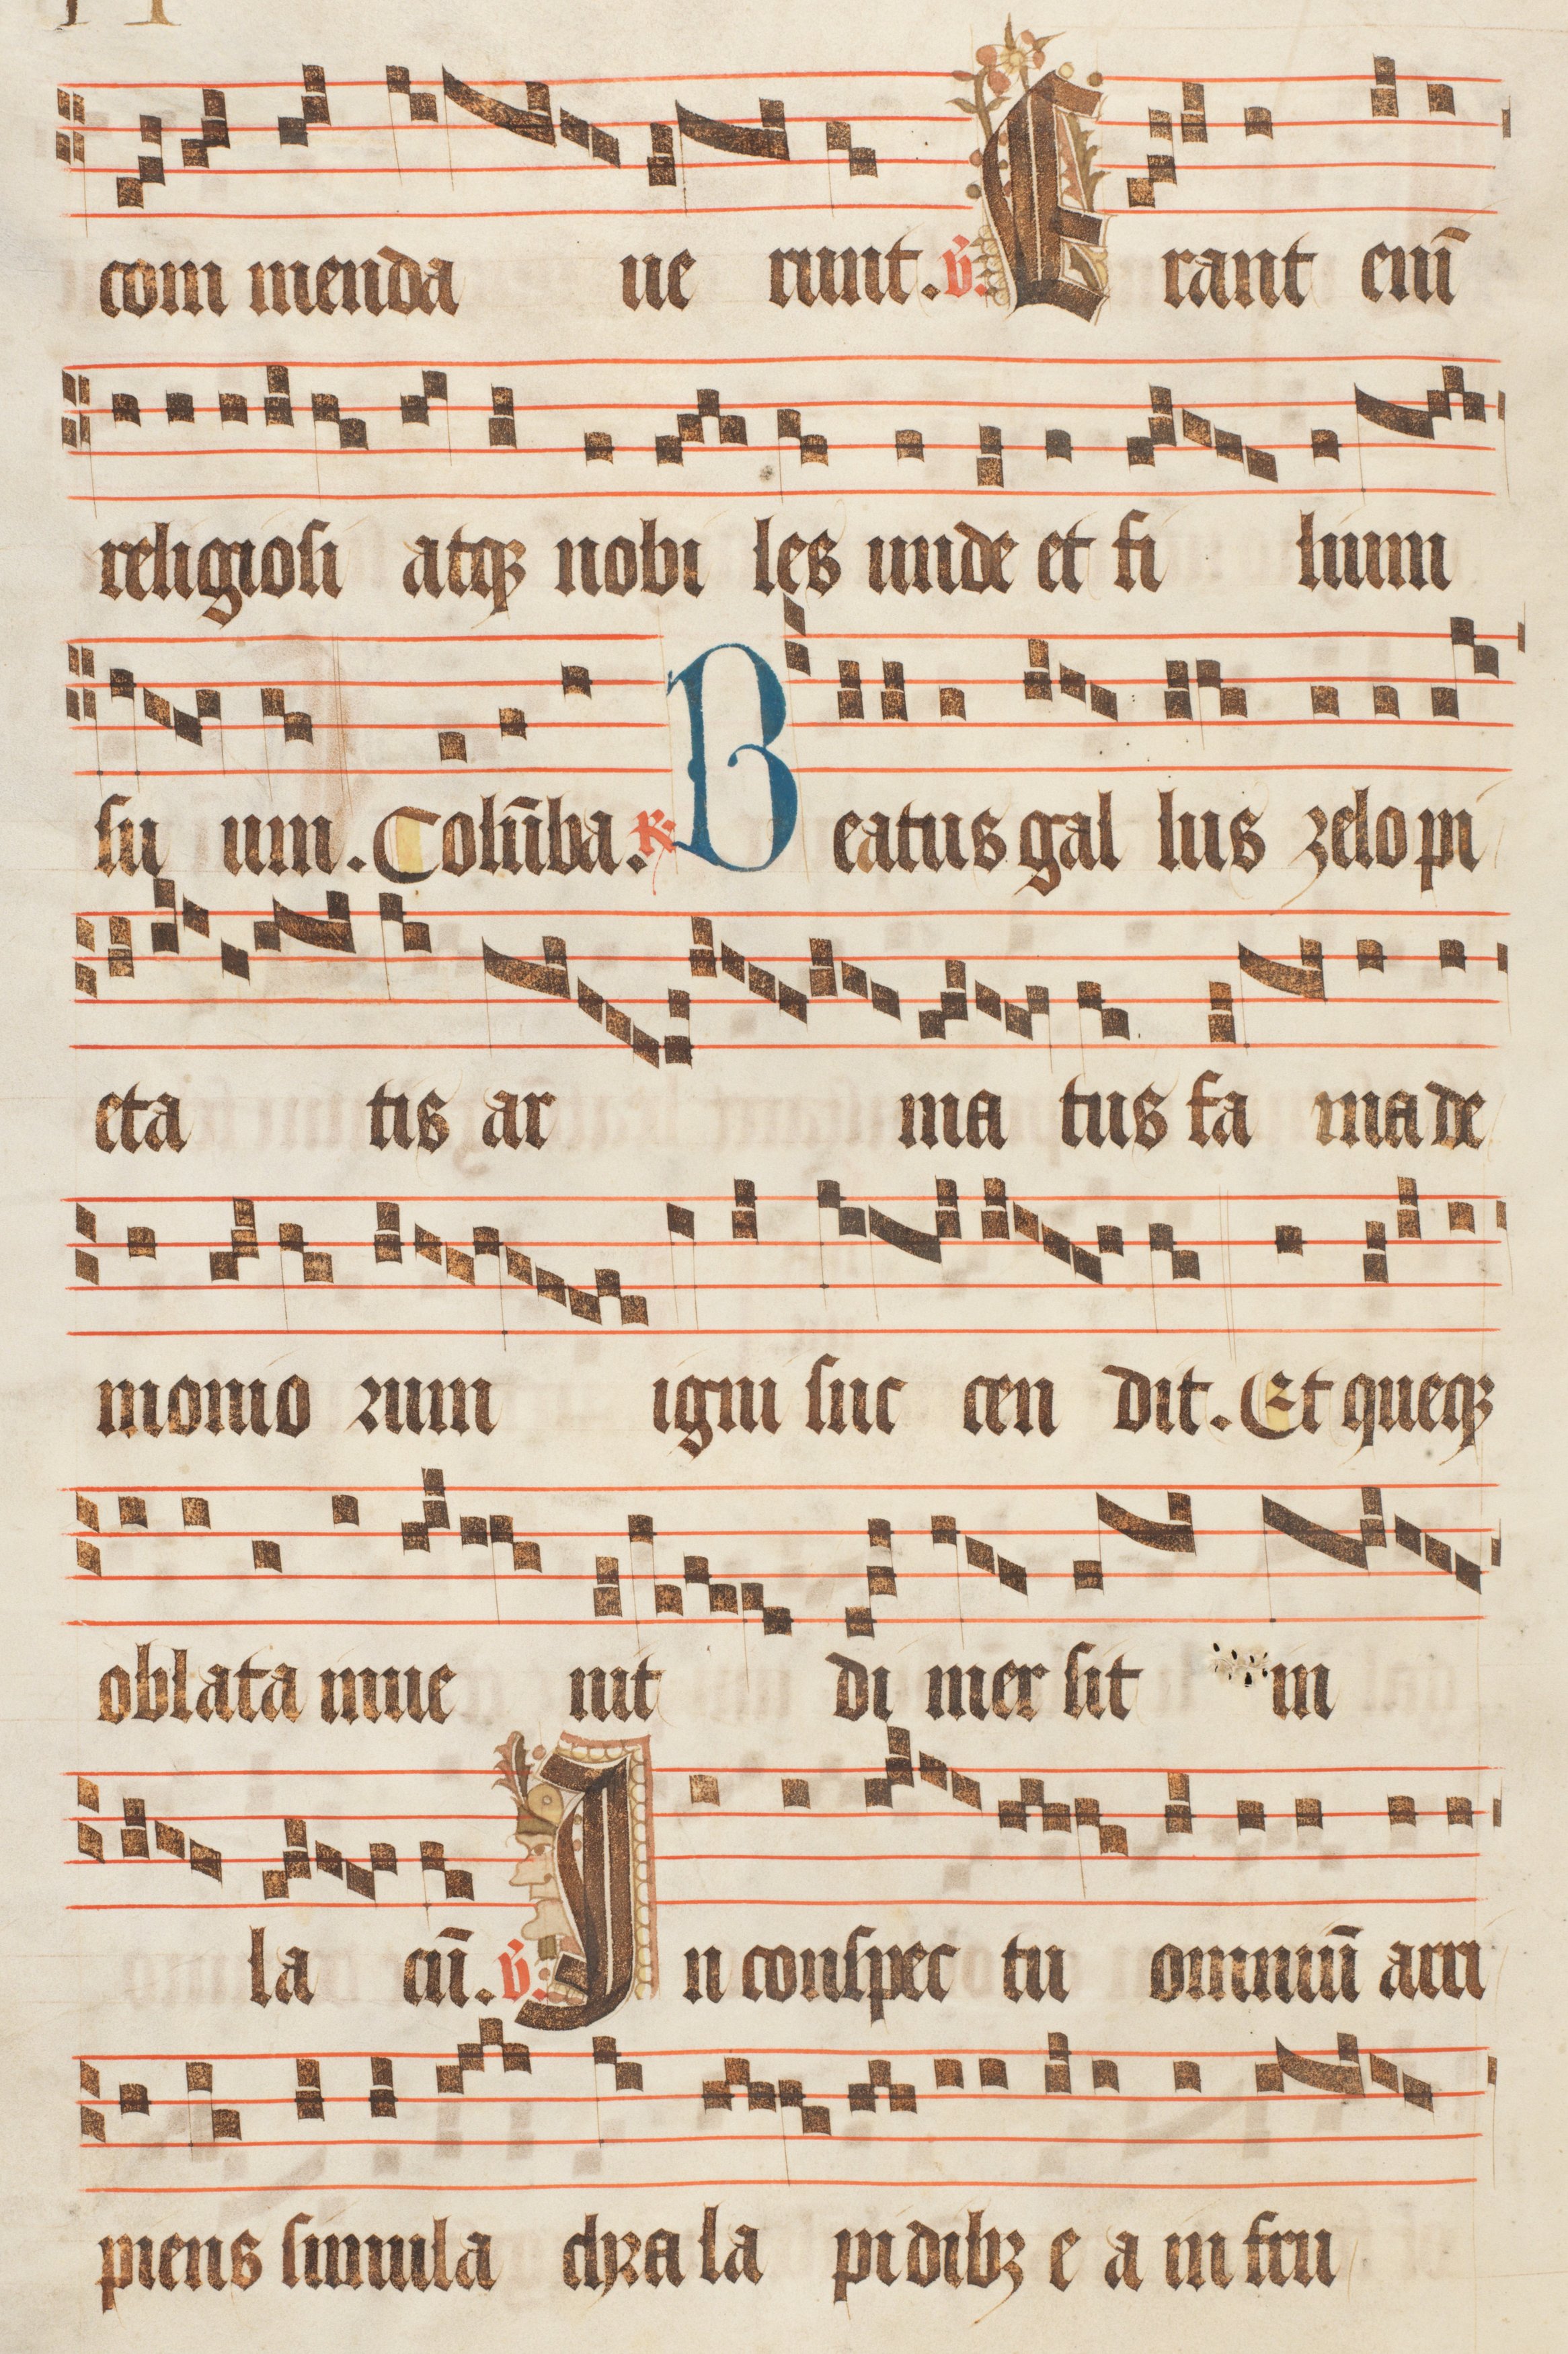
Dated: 1470–1505